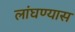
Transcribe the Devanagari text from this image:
लांघण्यास